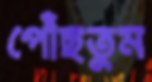
পৌঁছতুম